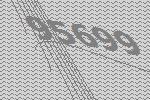
95699